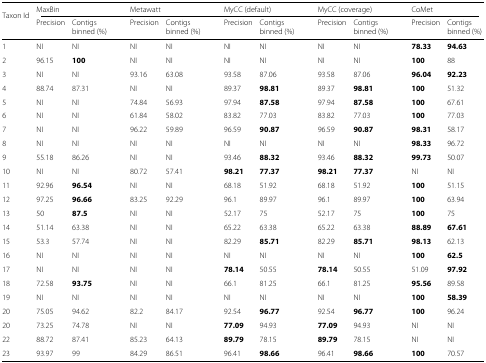
<table><thead><tr><td><b>Taxon Id</b></td><td colspan="2"><b>MaxBin</b></td><td colspan="2"><b>Metawatt</b></td><td colspan="2"><b>MyCC (default)</b></td><td colspan="2"><b>MyCC (coverage)</b></td><td colspan="2"><b>CoMet</b></td></tr><tr><td>[EMPTY_CELL]</td><td><b>Precision</b></td><td><b>Contigs binned (%)</b></td><td><b>Precision</b></td><td><b>Contigs binned (%)</b></td><td><b>Precision</b></td><td><b>Contigs binned (%)</b></td><td><b>Precision</b></td><td><b>Contigs binned (%)</b></td><td><b>Precision</b></td><td><b>Contigs binned (%)</b></td></tr></thead><tbody><tr><td>1</td><td>NI</td><td>NI</td><td>NI</td><td>NI</td><td>NI</td><td>NI</td><td>NI</td><td>NI</td><td><b>78.33</b></td><td><b>94.63</b></td></tr><tr><td>2</td><td>96.15</td><td><b>100</b></td><td>NI</td><td>NI</td><td>NI</td><td>NI</td><td>NI</td><td>NI</td><td><b>100</b></td><td>88</td></tr><tr><td>3</td><td>NI</td><td>NI</td><td>93.16</td><td>63.08</td><td>93.58</td><td>87.06</td><td>93.58</td><td>87.06</td><td><b>96.04</b></td><td><b>92.23</b></td></tr><tr><td>4</td><td>88.74</td><td>87.31</td><td>NI</td><td>NI</td><td>89.37</td><td><b>98.81</b></td><td>89.37</td><td><b>98.81</b></td><td><b>100</b></td><td>51.32</td></tr><tr><td>5</td><td>NI</td><td>NI</td><td>74.84</td><td>56.93</td><td>97.94</td><td><b>87.58</b></td><td>97.94</td><td><b>87.58</b></td><td><b>100</b></td><td>67.61</td></tr><tr><td>6</td><td>NI</td><td>NI</td><td>61.84</td><td>58.02</td><td>83.82</td><td>77.03</td><td>83.82</td><td>77.03</td><td><b>100</b></td><td>77.03</td></tr><tr><td>7</td><td>NI</td><td>NI</td><td>96.22</td><td>59.89</td><td>96.59</td><td><b>90.87</b></td><td>96.59</td><td><b>90.87</b></td><td><b>98.31</b></td><td>58.17</td></tr><tr><td>8</td><td>NI</td><td>NI</td><td>NI</td><td>NI</td><td>NI</td><td>NI</td><td>NI</td><td>NI</td><td><b>98.33</b></td><td>96.72</td></tr><tr><td>9</td><td>55.18</td><td>86.26</td><td>NI</td><td>NI</td><td>93.46</td><td><b>88.32</b></td><td>93.46</td><td><b>88.32</b></td><td><b>99.73</b></td><td>50.07</td></tr><tr><td>10</td><td>NI</td><td>NI</td><td>80.72</td><td>57.41</td><td><b>98.21</b></td><td><b>77.37</b></td><td><b>98.21</b></td><td><b>77.37</b></td><td>NI</td><td>NI</td></tr><tr><td>11</td><td>92.96</td><td><b>96.54</b></td><td>NI</td><td>NI</td><td>68.18</td><td>51.92</td><td>68.18</td><td>51.92</td><td><b>100</b></td><td>51.15</td></tr><tr><td>12</td><td>97.25</td><td><b>96.66</b></td><td>83.25</td><td>92.29</td><td>96.1</td><td>89.97</td><td>96.1</td><td>89.97</td><td><b>100</b></td><td>63.94</td></tr><tr><td>13</td><td>50</td><td><b>87.5</b></td><td>NI</td><td>NI</td><td>52.17</td><td>75</td><td>52.17</td><td>75</td><td><b>100</b></td><td>75</td></tr><tr><td>14</td><td>51.14</td><td>63.38</td><td>NI</td><td>NI</td><td>65.22</td><td>63.38</td><td>65.22</td><td>63.38</td><td><b>88.89</b></td><td><b>67.61</b></td></tr><tr><td>15</td><td>53.3</td><td>57.74</td><td>NI</td><td>NI</td><td>82.29</td><td><b>85.71</b></td><td>82.29</td><td><b>85.71</b></td><td><b>98.13</b></td><td>62.13</td></tr><tr><td>16</td><td>NI</td><td>NI</td><td>NI</td><td>NI</td><td>NI</td><td>NI</td><td>NI</td><td>NI</td><td><b>100</b></td><td><b>62.5</b></td></tr><tr><td>17</td><td>NI</td><td>NI</td><td>NI</td><td>NI</td><td><b>78.14</b></td><td>50.55</td><td><b>78.14</b></td><td>50.55</td><td>51.09</td><td><b>97.92</b></td></tr><tr><td>18</td><td>72.58</td><td><b>93.75</b></td><td>NI</td><td>NI</td><td>66.1</td><td>81.25</td><td>66.1</td><td>81.25</td><td><b>95.56</b></td><td>89.58</td></tr><tr><td>19</td><td>NI</td><td>NI</td><td>NI</td><td>NI</td><td>NI</td><td>NI</td><td>NI</td><td>NI</td><td><b>100</b></td><td><b>58.39</b></td></tr><tr><td>20</td><td>75.05</td><td>94.62</td><td>82.2</td><td>84.17</td><td>92.54</td><td><b>96.77</b></td><td>92.54</td><td><b>96.77</b></td><td><b>100</b></td><td>96.24</td></tr><tr><td>20</td><td>73.25</td><td>74.78</td><td>NI</td><td>NI</td><td><b>77.09</b></td><td>94.93</td><td><b>77.09</b></td><td>94.93</td><td>NI</td><td>NI</td></tr><tr><td>22</td><td>88.72</td><td>87.41</td><td>85.23</td><td>64.13</td><td><b>89.79</b></td><td>78.15</td><td><b>89.79</b></td><td>78.15</td><td>NI</td><td>NI</td></tr><tr><td>23</td><td>93.97</td><td>99</td><td>84.29</td><td>86.51</td><td>96.41</td><td><b>98.66</b></td><td>96.41</td><td><b>98.66</b></td><td><b>100</b></td><td>70.57</td></tr></tbody></table>